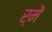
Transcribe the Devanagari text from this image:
र्में